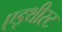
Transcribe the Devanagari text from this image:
एइथीस्ट